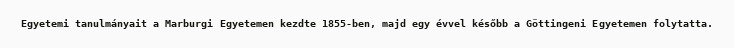
Egyetemi tanulmányait a Marburgi Egyetemen kezdte 1855-ben, majd egy évvel később a Göttingeni Egyetemen folytatta.